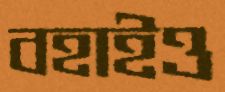
বহাইও